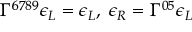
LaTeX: \Gamma ^ { 6 7 8 9 } \epsilon _ { L } = \epsilon _ { L } , \; \epsilon _ { R } = \Gamma ^ { 0 5 } \epsilon _ { L }